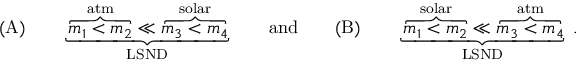
\mathrm { ( A ) } \qquad \underbrace { \overbrace { m _ { 1 } < m _ { 2 } } ^ { \mathrm { a t m } } \ll \overbrace { m _ { 3 } < m _ { 4 } } ^ { \mathrm { s o l a r } } } _ { \mathrm { L S N D } } \qquad \mathrm { a n d } \qquad \mathrm { ( B ) } \qquad \underbrace { \overbrace { m _ { 1 } < m _ { 2 } } ^ { \mathrm { s o l a r } } \ll \overbrace { m _ { 3 } < m _ { 4 } } ^ { \mathrm { a t m } } } _ { \mathrm { L S N D } } \; .